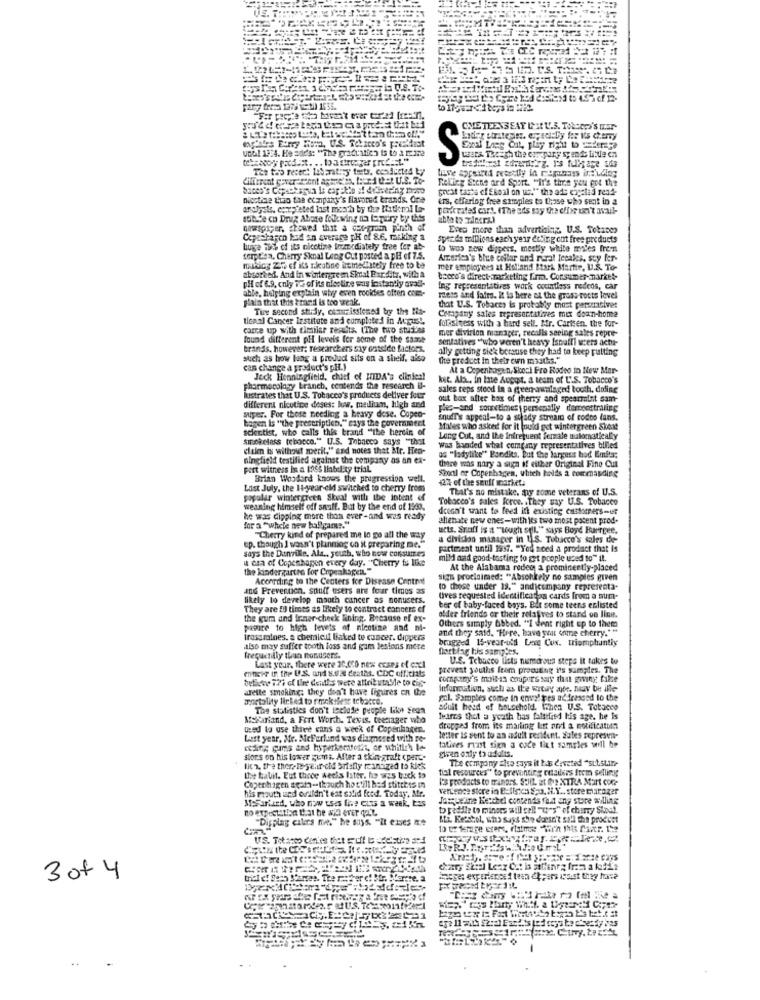
Fary fress 1279 ct) 1635.
CMETEENSEAT IIt U.S. Tosepo's mar
tag'atra Barry Hora, U.S. Tekaceo's prechtist
until 13:4. He adds: "The gradu'stic'n is to 3 12. 122
Exal Laeg Cit, play right to vederepe
wers. Theath the company sy endts little en
Rolling Stone ard Spart. "It's thre you got the
great taste of Ekonl on uc."" the ade engelià rend
nicotine tuao taa company's flavored brands. One
ers, cffarlog free simples to those who sent in a
ar Jyske. corpisted last month by thee Istleral to-
somde co Drug Abate following nn lapuiry by this
newspaper, chewed that a cap-groen pinch of
Even more than advertising. U.S. Totines
Cepeaharen had an average p.H of 86, racking a
speeds millions each year erling cut free products
Lunge 175 of its nicotine torz diately free for at-
to woo zew dippers, mostly white males frem
serplea. Cherry Sknal Leng Cut posted a pH ef 7.5.
America's blue collar and rural legales. sty fer-
mukdicg 25% of its nicotine immediately free to te
mer employees at Holland Bark Martie, U.S. To-
absorbed. And in wintergre m Skal Par.ditr, with a
pHi of 6.9. cnly TE of its alectire was instantly avall-
tocco's direct marketing firm. Consumer market
able, helping explain wtvy even rooides often com-
ing representatives work countless redeos, car
pain that this brand is too weak.
mess and fairs. It la here at the grass roots level
Tire second study, cachrisstened by the Ma-
that U.S. Tobaces is probably most persuasive:
tional Cancer Institute and completed in Aque !.
Company sales representatives mix down-home
carre up with similar results. (The two stut'es
folksiness with a hard sell. Mr. Carisen, the for-
mer division manager, recalls seeing sales repre-
found different pH levels for some of the same
sentatives "who weren't heavy Istaff) users actua-
Brands. however: researchers say ontelde factors.
ally getting sick because they had to keep putting
such as how long a produd sits on a shelf, aisa
the product in their corn mouths."
can change a product's pHt.)
At a Copenhagen, Stock Pro Rodeo in New Mar-
Jeck Henningfield, chief of HIDA's clinien!
kit. Als, in Inte August. a team of L'.S. Tobacco's
pharmacology branch, contends the research il-
sales reps stood in a geen-awalaged tooth. dofine
hustrates that U.S. Tobacco's products deliver four
out box after box of therry and spearmint sam-
different nicotine deses: low, medium, high and
ples-and soucetimes personally demonstrating
super. For those needing a heavy dose. Copen-
bogen is "the prescription." esys the government
inudT's appeal-to a steady stream of rodeo lans.
scientist, who calls this brand "the herein of
Males who asked for it would get wintergreen Skoat
smokeless tebocca." U.S. Tobacco says "that
Long Cut, and the infrequent female nulomatically
ciale is without merit," and notes that Mr. Hen-
was handed what company representatives billed
ningfield testified against the company as an ex-
as "ladylike" Bandits, But the largess hod Emits:
pert witness is a BOSS liability trial.
there was nary a sua if either Original Fino Cut
Stool or Copenhagen, which holds a commanding
Brian Woodard knows the progression well.
42% of the saulf market.
List July, the 14-year-old switched to cherry from
That's no mistake. my some veterans of U.S.
popular wintergreen Skual with the intent of
Tobacco's sales Force. . They say U.S. Tobacco
weaning himself off snuff. But by the end of 1993.
dceca't want to feed ith existing cutterers-ur
he was dipping more than ever-and was ready
alienate new ones-with its two most potent prod.
for a "whele new ballgame."
acts. Stuff is a "tough sull" says Boyd Burrgee.
"p. though I wasn't planning on it preparing me."
"Cherry kind of prepared me lo go all the way
a division manager in U.S. Tubicco's sales de-
says the Danville, Als ,, youth, who now consumes
partment until 1997. "You need a product that is
it era of Copenhagen every day. "Cherry is like
mild and good-tosting to get people used to" it.
the kindergarten for Copenhagen."
At the Alabama rodeo a prominently-placed
According to the Centers for Disease Control
sign procisimed: "Absolutely no samples given
and Prevention, soulf users are four times as
to these under 19." andjcompany representa-
likely to develop mouth cancer as nonusers.
tives requested identificadas cards from a sum-
They are EU timts as likely to contract cancers ef
ber of baby-faced boys. But some teens enlisted
the guma and Inner cheek lining. Bresuse of ex-
older friends or their relatives to stand on line.
Others simply Abbed. "I dent right up to them
pasure to high levels of nicotine and mi-
and they said, "Here, have you some cherry .***
irassralnes. a chemieit linked to cancer. dippers
brugzed 15-year-old Les Cux. triumphantly
also may suffer tooth loss and gam lesions mere
Dartlag bis samples.
fregucidiy than fondGers.
U.S. Tobacco listu numerous steps it takes to
monser if the U.S. and 8.03 deaths. CDC offithat;
Last year, there were 30,000 new ccses of c.xl
prevent youths feem procuting i's samples. The
tetiene 77% of Lire deaths were attributable to cig-
company's molt is coupies say that giving: false
arette smoking; they don't have figures on the
information, such as the wrtay ate, May be ille
mortality linked to rmek ifere tobacco.
pol. Samples come In envol tes ad dressed to the
The statistics don't teelode people like seon
adult head of household. When U.S. Tobacco
MScariand, a Fort Worth, Texas, teenager who
feires that a youth has falsified his age. he Is
used to use thive cans a week of Copenhagen.
dropped from its mailing list and a notification
Last year, Mr. MeFurland was diagnosed with ro-
letter Is sent to an adult resident. Sales represent-
coding cums and hyperkeratothe, or whitich Io-
given only to adults.
tatives rizst sinn a code fiat samples will be
stors on his lower gums. After a thingraft (perc.
The company also says it bis deveted "sitsLite
lit's, the ther-nyelir cid briefly resnazed to kick
tial resources" to preventing retailers from selling
the kalit. Eut three weeks later, he was back to
Is Foodacts to minors. SHIL Et ONO XTRA Mart CORP
Copenhagen seata-though ho still had stitttts in
his mouth und orifdn't eat solid food. Today, Mr.
verLence stere in Eclicca Spa. IL.Y .. store tharazer
MeFarted, who now tses live cus a week, tas
Jacqueline Ketche contends fait ang store willing
breddle to minors adll gel! "("s" of chamy Sipat.
"Display cilers me." he says. "it eres ne
Mi. Kesstol, who says she doesn't soll the procest
US. Totacco den'es thet puff ledestin med
chary Skal Lesz Cat is ittlaneg fram a leiit
3 of 4